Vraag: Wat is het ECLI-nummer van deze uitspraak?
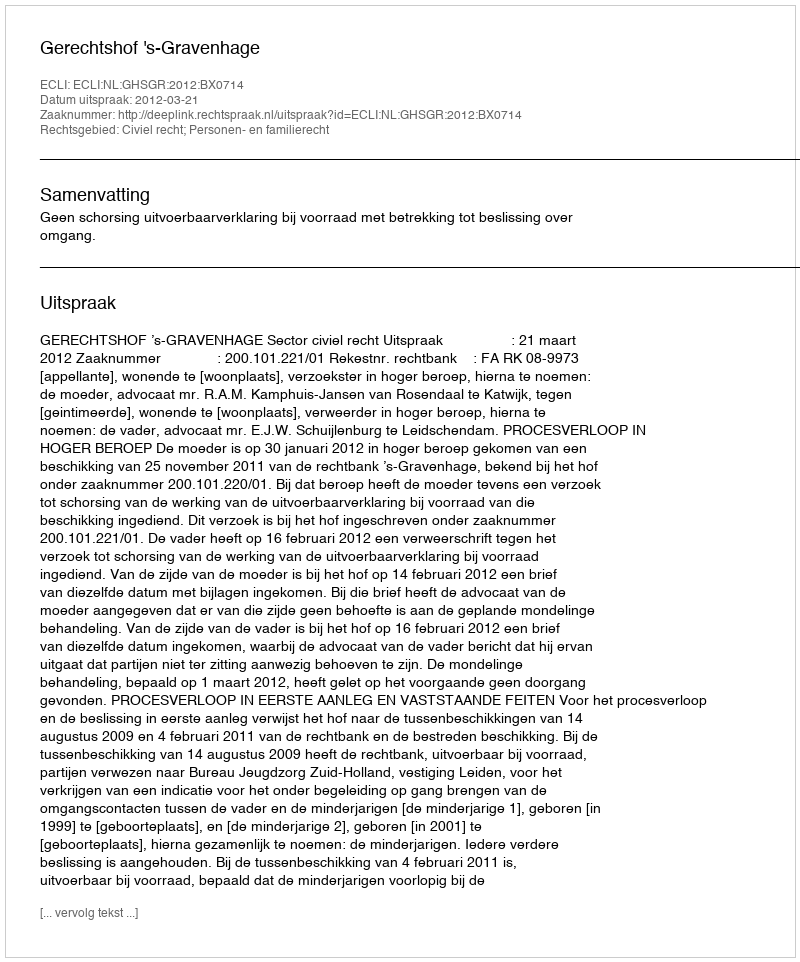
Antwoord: ECLI:NL:GHSGR:2012:BX0714